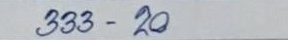
333 - 20